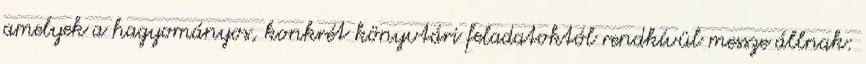
amelyek a hagyományos, konkrét könyvtári feladatoktól rendkívül messze állnak: